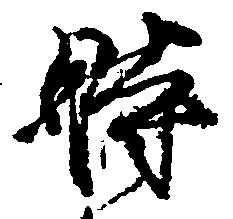
時